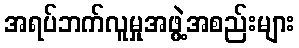
အရပ်ဘက်လူမှုအဖွဲ့အစည်းများ